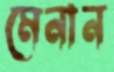
মেনান